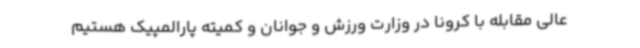
عالی مقابله با کرونا در وزارت ورزش و جوانان و کمیته پارالمپیک هستیم